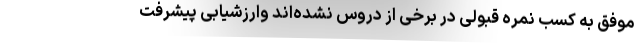
موفق به کسب نمره قبولی در برخی از دروس نشده‌اند وارزشیابی پیشرفت